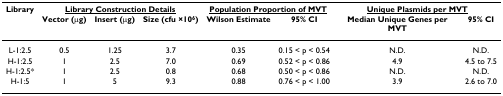
<table><thead><tr><td><b>Library</b></td><td colspan="3"><b><underline>Library Construction Details</underline></b></td><td colspan="2"><b><underline>Population Proportion of MVT</underline></b></td><td colspan="2"><b><underline>Unique Plasmids per MVT</underline></b></td></tr><tr><td></td><td><b>Vector (μg)</b></td><td><b>Insert (μg)</b></td><td><b>Size (cfu ×10<sup>6</sup>)</b></td><td><b>Wilson Estimate</b></td><td><b>95% CI</b></td><td><b>Median Unique Genes per MVT</b></td><td><b>95% CI</b></td></tr></thead><tbody><tr><td>L-1:2.5</td><td>0.5</td><td>1.25</td><td>3.7</td><td>0.35</td><td>0.15 &lt; p &lt; 0.54</td><td>N.D.</td><td>N.D.</td></tr><tr><td>H-1:2.5</td><td>1</td><td>2.5</td><td>7.0</td><td>0.69</td><td>0.52 &lt; p &lt; 0.86</td><td>4.9</td><td>4.5 to 7.5</td></tr><tr><td>H-1:2.5*</td><td>1</td><td>2.5</td><td>0.8</td><td>0.68</td><td>0.50 &lt; p &lt; 0.86</td><td>N.D.</td><td>N.D.</td></tr><tr><td>H-1:5</td><td>1</td><td>5</td><td>9.3</td><td>0.88</td><td>0.76 &lt; p &lt; 1.00</td><td>3.9</td><td>2.6 to 7.0</td></tr></tbody></table>